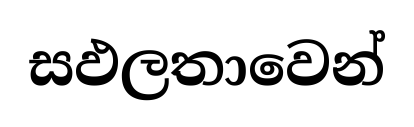
සඵලතාවෙන්